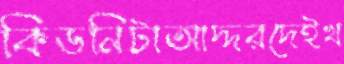
কিডনিটাআদ্দরদেইখ